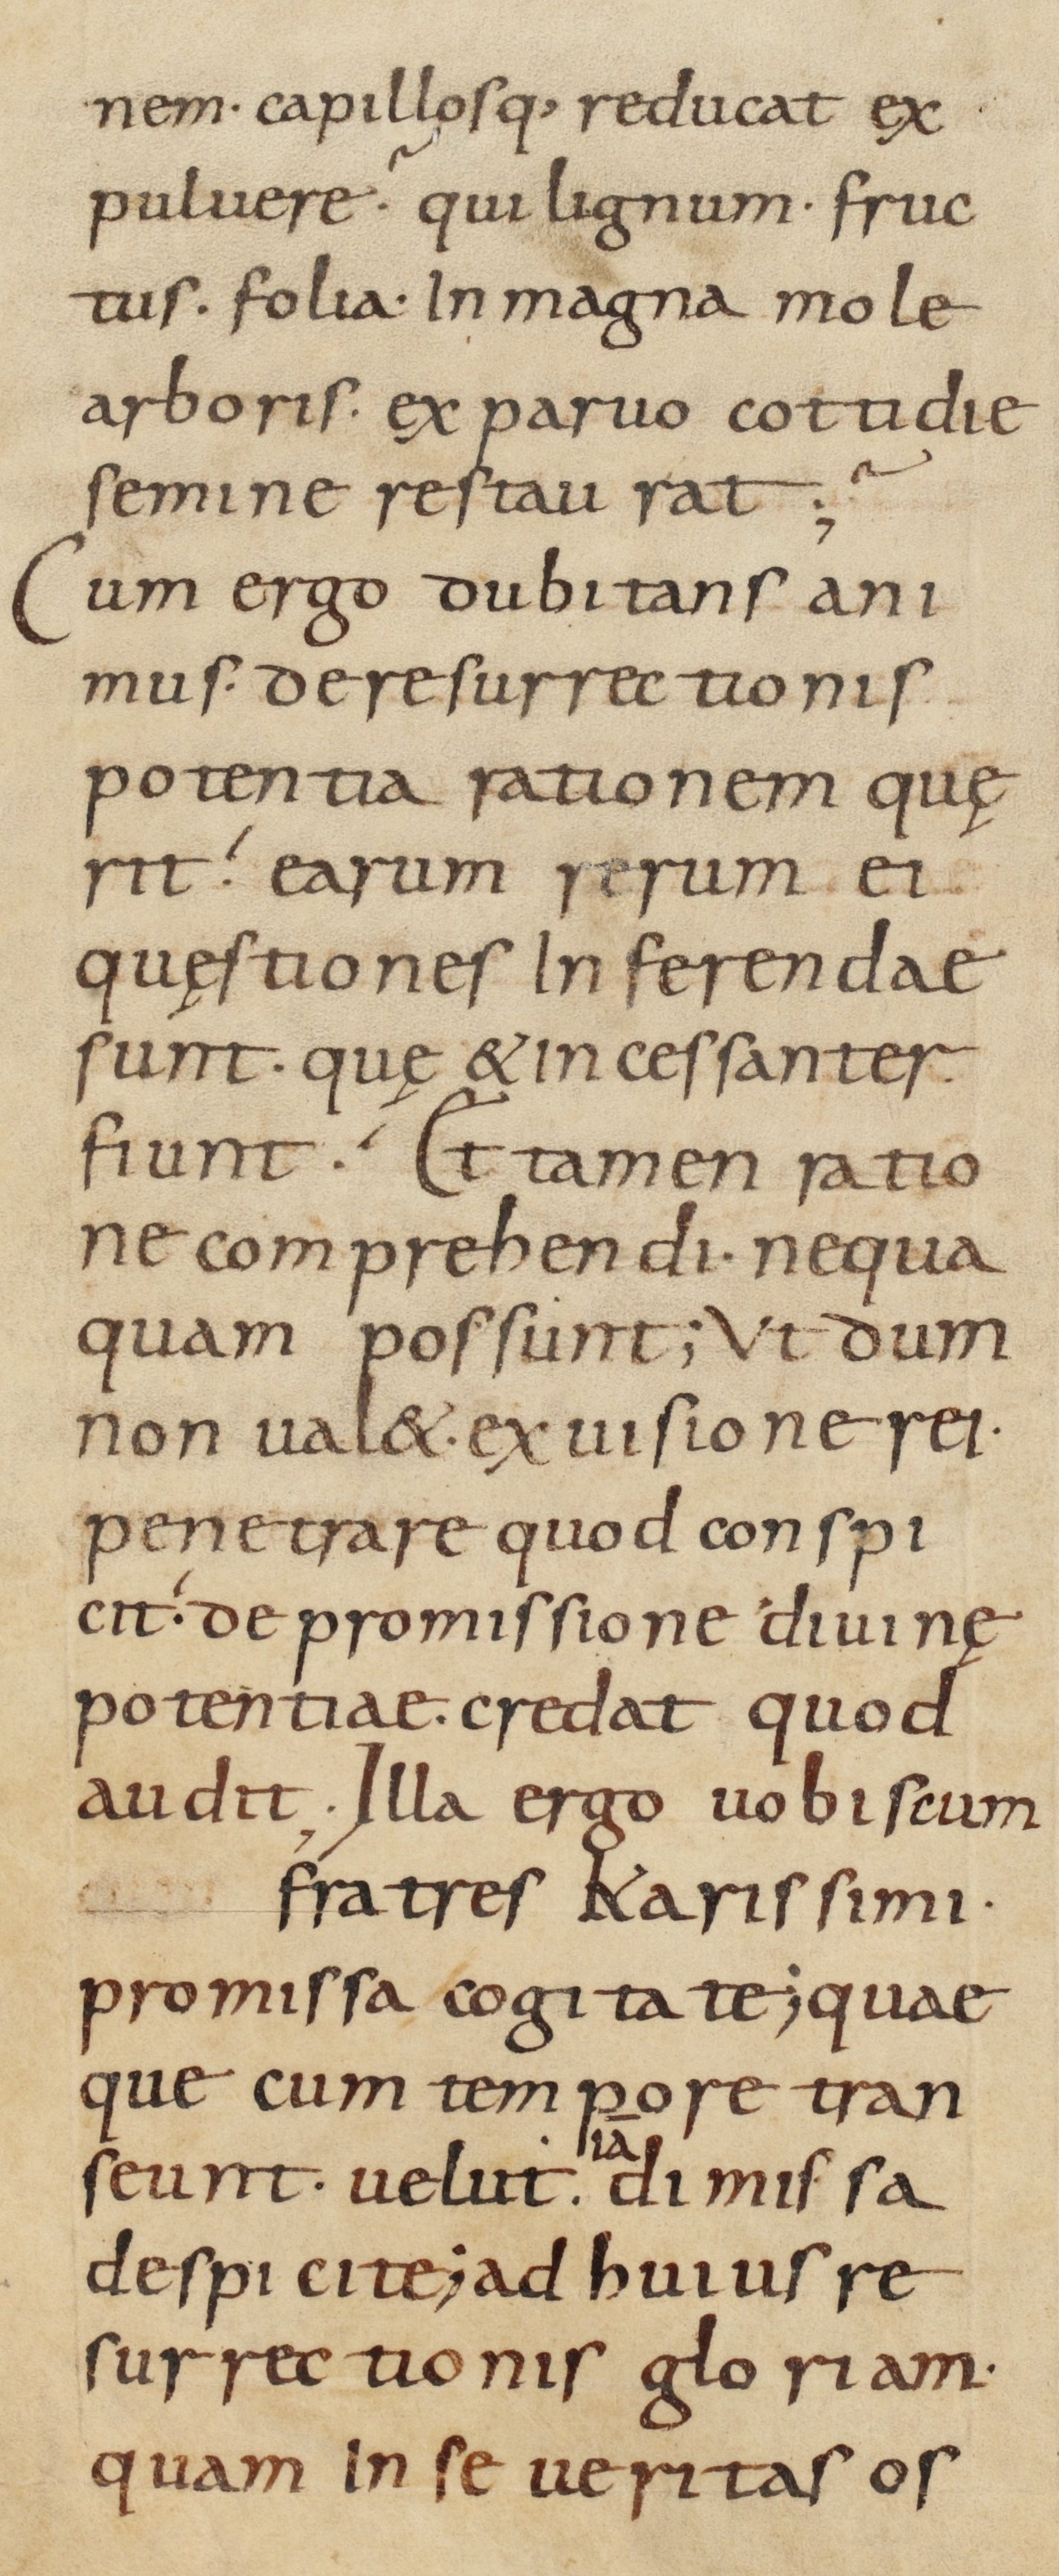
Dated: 900–930